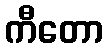
ကီတော